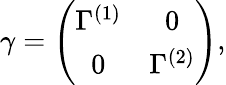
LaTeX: \gamma=\left(\begin{array}{cc}{{\Gamma^{(1)}}}&{{0}}\\ {{0}}&{{\Gamma^{(2)}}}\end{array}\right),